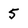
Character: 5